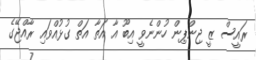
ރައީސް ޒީ ޖިންޕިން ހުންނެވީ އިބޫ އާ އަތާ އަތް ގުޅުއްވައި ރާއްޖޭގެ